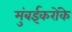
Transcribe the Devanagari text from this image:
मुंबईकरोंके